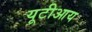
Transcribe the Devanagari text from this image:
यूटीआय